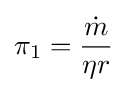
\pi _{1}={\frac {\dot {m}}{\eta r}}